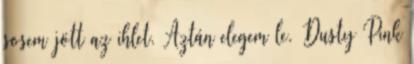
sosem jött az ihlet. Aztán elegem le. Dusty Pink